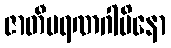
ဇာတီမရဏဂါမိနော